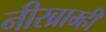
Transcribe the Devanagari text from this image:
नीरब्राम्‍ही